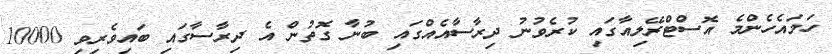
ހަމައެހެންމެ އޮސްޓްރޭލިއާގައި ކުރެވުނު ދިރާސާއެއްގައި ބުނާ ގޮތުން އެ ދިރާސާގައި ބައިވެރިވި 10000